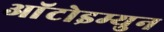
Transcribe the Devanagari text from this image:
आॅटोइम्युन